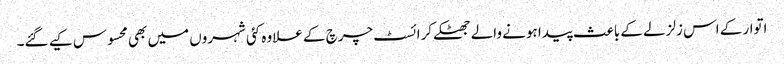
اتوار کے اس زلزلے کے باعث پیدا ہونے والے جھٹکے کرائسٹ چرچ کے علاوہ کئی شہروں میں بھی محسوس کیے گئے۔